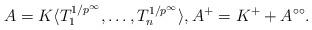
LaTeX: \begin{align*}A = K\langle T_1^{1/p^\infty}, \dots, T_n^{1/p^\infty}\rangle, A^+ = K^+ + A^{\circ\circ}.\end{align*}